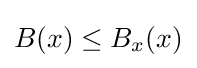
B(x)\leq {{B}_{x}}(x)